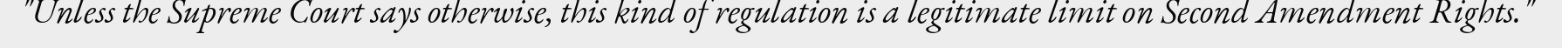
"Unless the Supreme Court says otherwise, this kind of regulation is a legitimate limit on Second Amendment Rights."